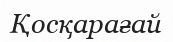
Қосқарағай